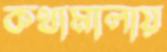
কথামালায়